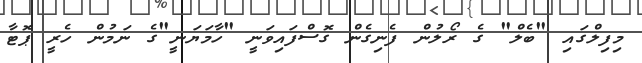
މިފިލްގައި "ބެލް" ގެ ރޯލުން ފެނިގެން ގޮސްފައިވަނީ "ހާމަޔަނީ"ގެ ނަމުން ހެރީ ޕޮޓާ